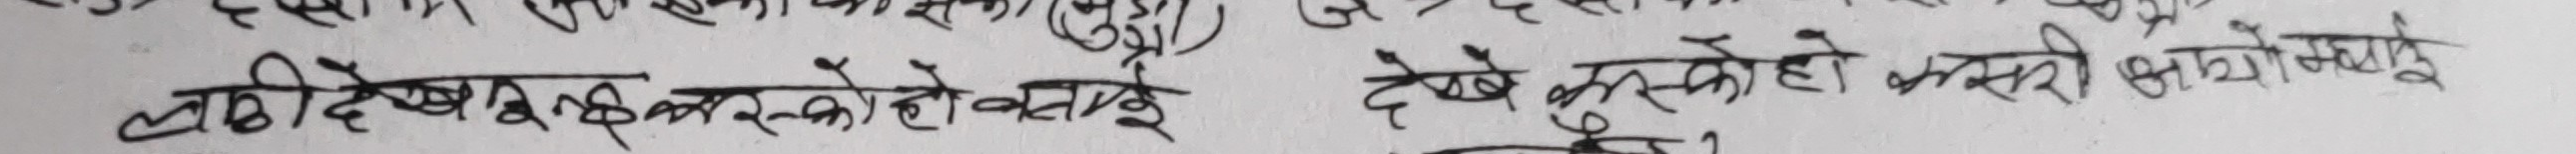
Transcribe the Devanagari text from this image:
लठीदेख बक्सको हो वालुई देखेँ कस्तो हो कसरी भयो बुझ्नै